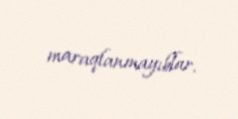
maraqlanmayıblar.